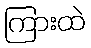
ကြားထဲ